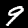
Label: 9